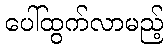
ပေါ်ထွက်လာမည့်